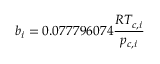
b _ { i } = 0 . 0 7 7 7 9 6 0 7 4 \frac { R T _ { c , i } } { p _ { c , i } }